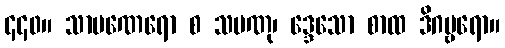
၄၄၀။ သာမဏေရော စ သမဏု၊ ဒ္ဒေသော စာထ ဒိဂမ္ဗရော။